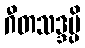
ဂီတသဒ္ဒမ္ပိ